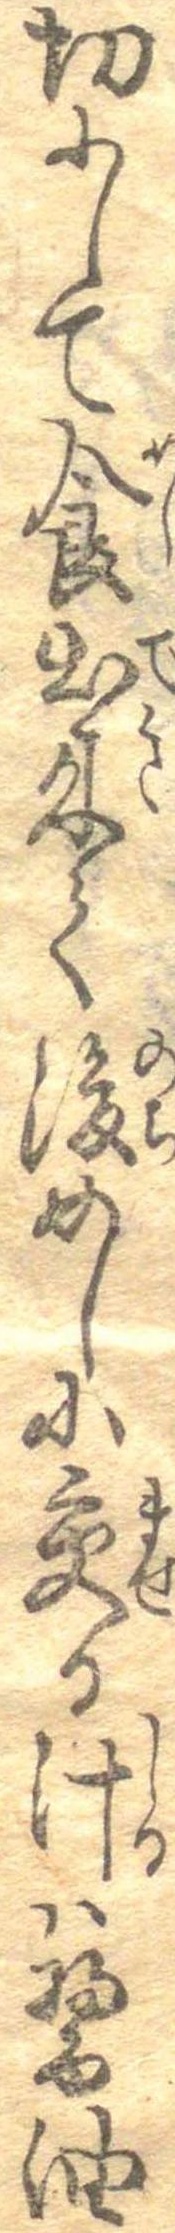
切にして食出来て後めしに交る汁は醤油